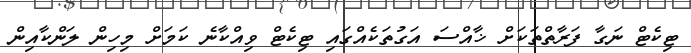
ޓިކެޓް ނަގާ ފަރާތްތަކަށް ޚާއްސަ އަގުތަކެއްގައި ޓިކެޓް ވިއްކާނެ ކަަމަށް މިހިން ލަންކާއިން